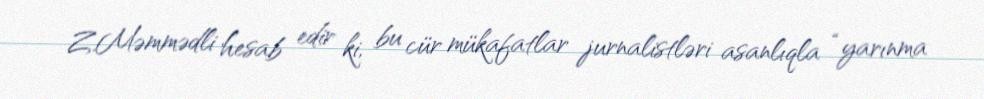
Z.Məmmədli hesab edir ki, bu cür mükafatlar jurnalistləri asanlıqla “yarınma